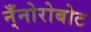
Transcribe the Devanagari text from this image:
न्ँनोरोबोट